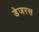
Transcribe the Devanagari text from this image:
डेजरस